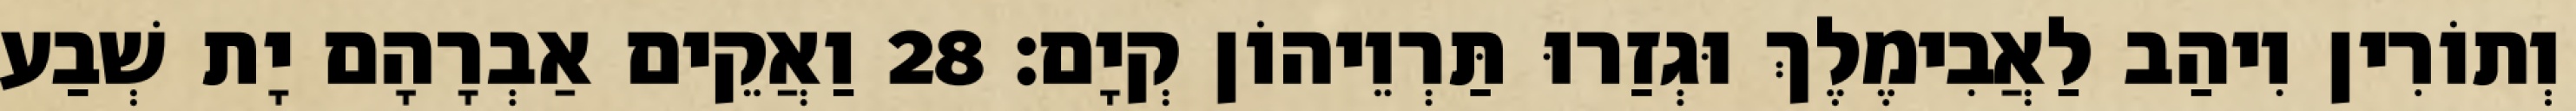
וְתוֹרִין וִיהַב לַאֲבִימֶלֶךְ וּגְזַרוּ תַּרְוֵיהוֹן קְיָם׃ 28 וַאֲקֵים אַבְרָהָם יָת שְׁבַע